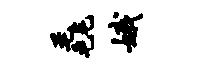
毳娥